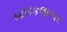
બાલકલાકાર